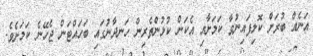
އަނެއް ބުރަށް ކޮލިފައިނުވާ ކަމަށާއި އެކަން ކުޅުންތެރިން ހަނދާނުގައި ބަހައްޓަން ޖެހޭނެ ކަމަށެވެ.